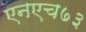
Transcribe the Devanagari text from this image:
एनएच७३